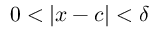
0 < | x - c | < \delta